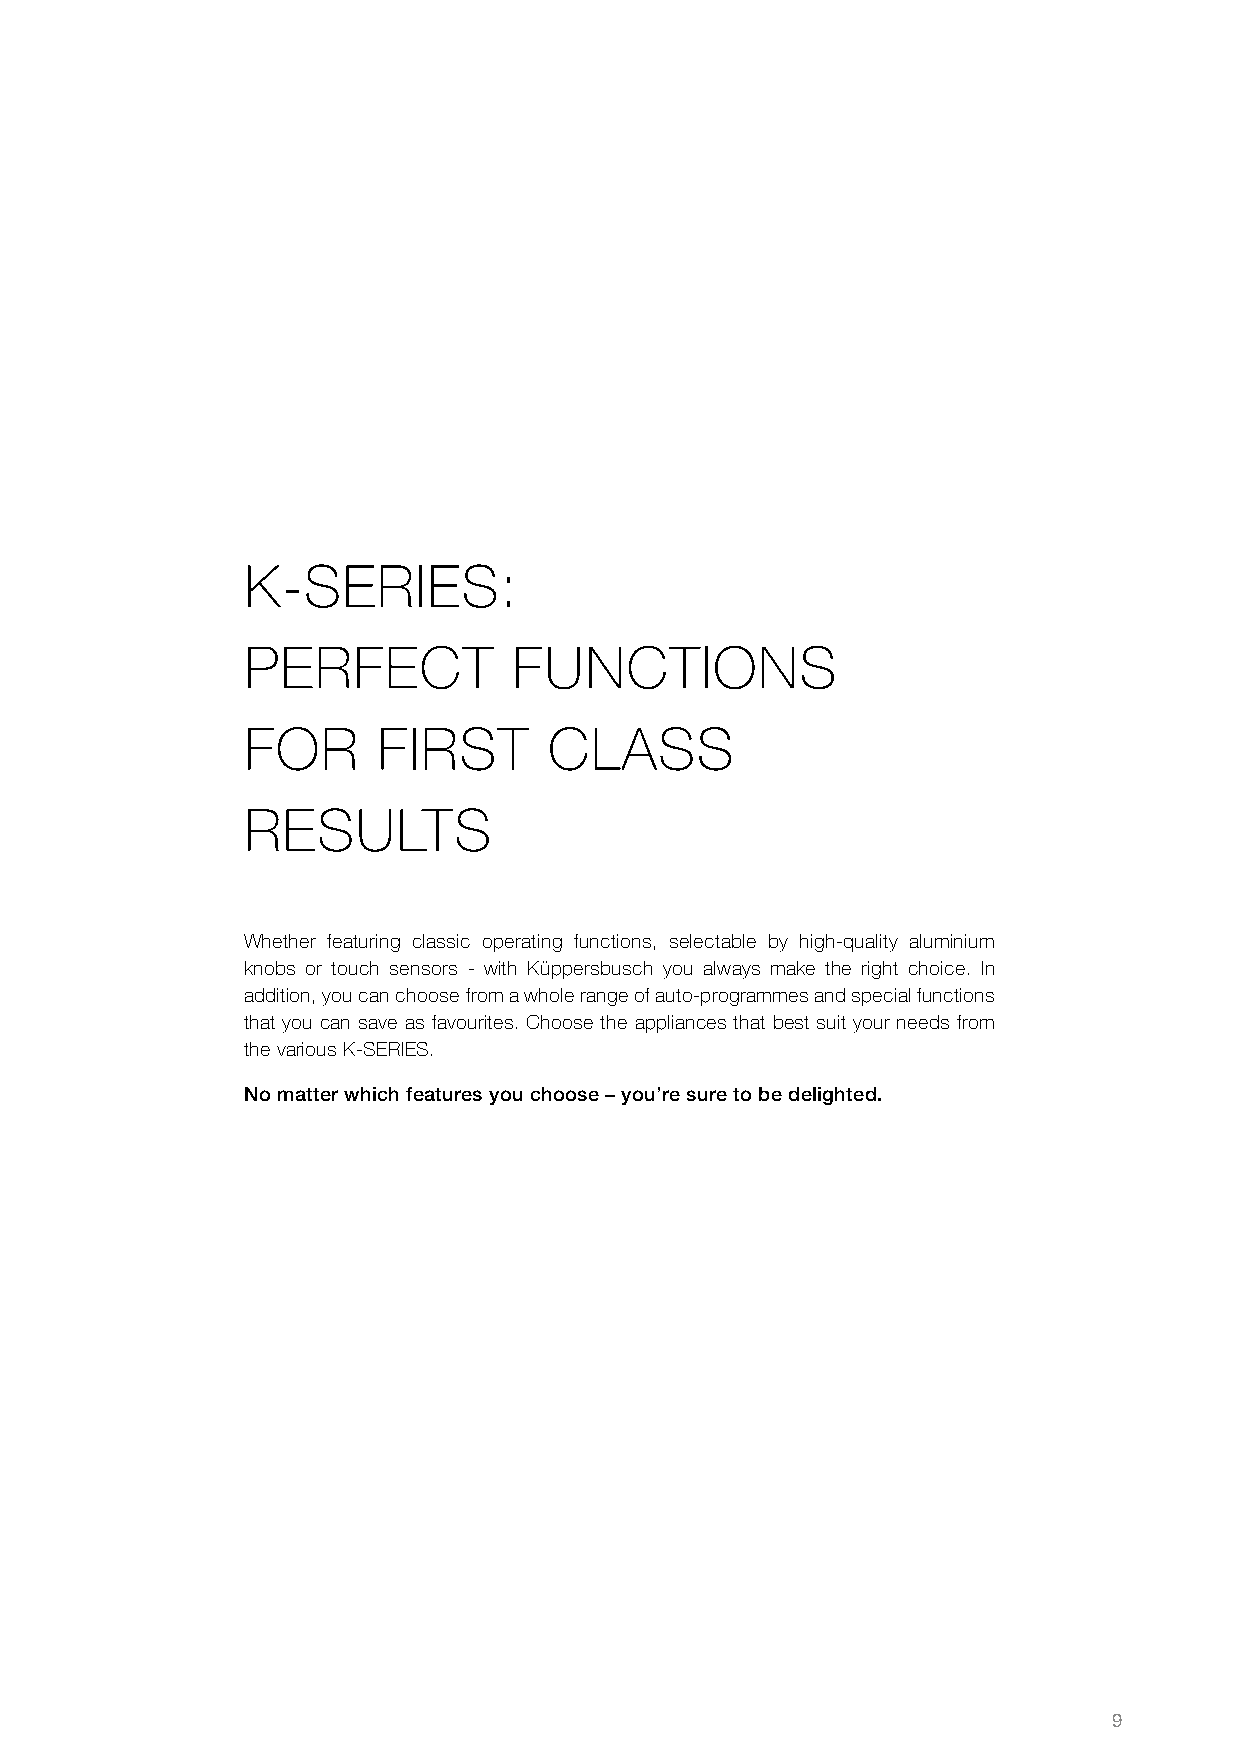
K-SERIES:
 PERFECT           FUNCTIONS
 FOR      FIRST      CLASS
 RESULTS
 Whether featuring classic operating functions, selectable by high-quality aluminium
 knobs or touch sensors - with Küppersbusch you always make the right choice. In
 addition, you can choose from a whole range of auto-programmes and special functions
 that you can save as favourites. Choose the appliances that best suit your needs from
 the various K-SERIES.
 No matter which features you choose – you’re sure to be delighted.
 9